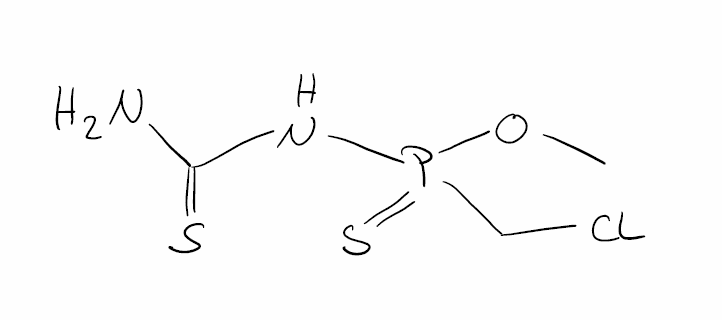
Simplified molecular-input line-entry system (SMILES) notation of the given molecule:
COP(=S)(CCl)NC(=S)N